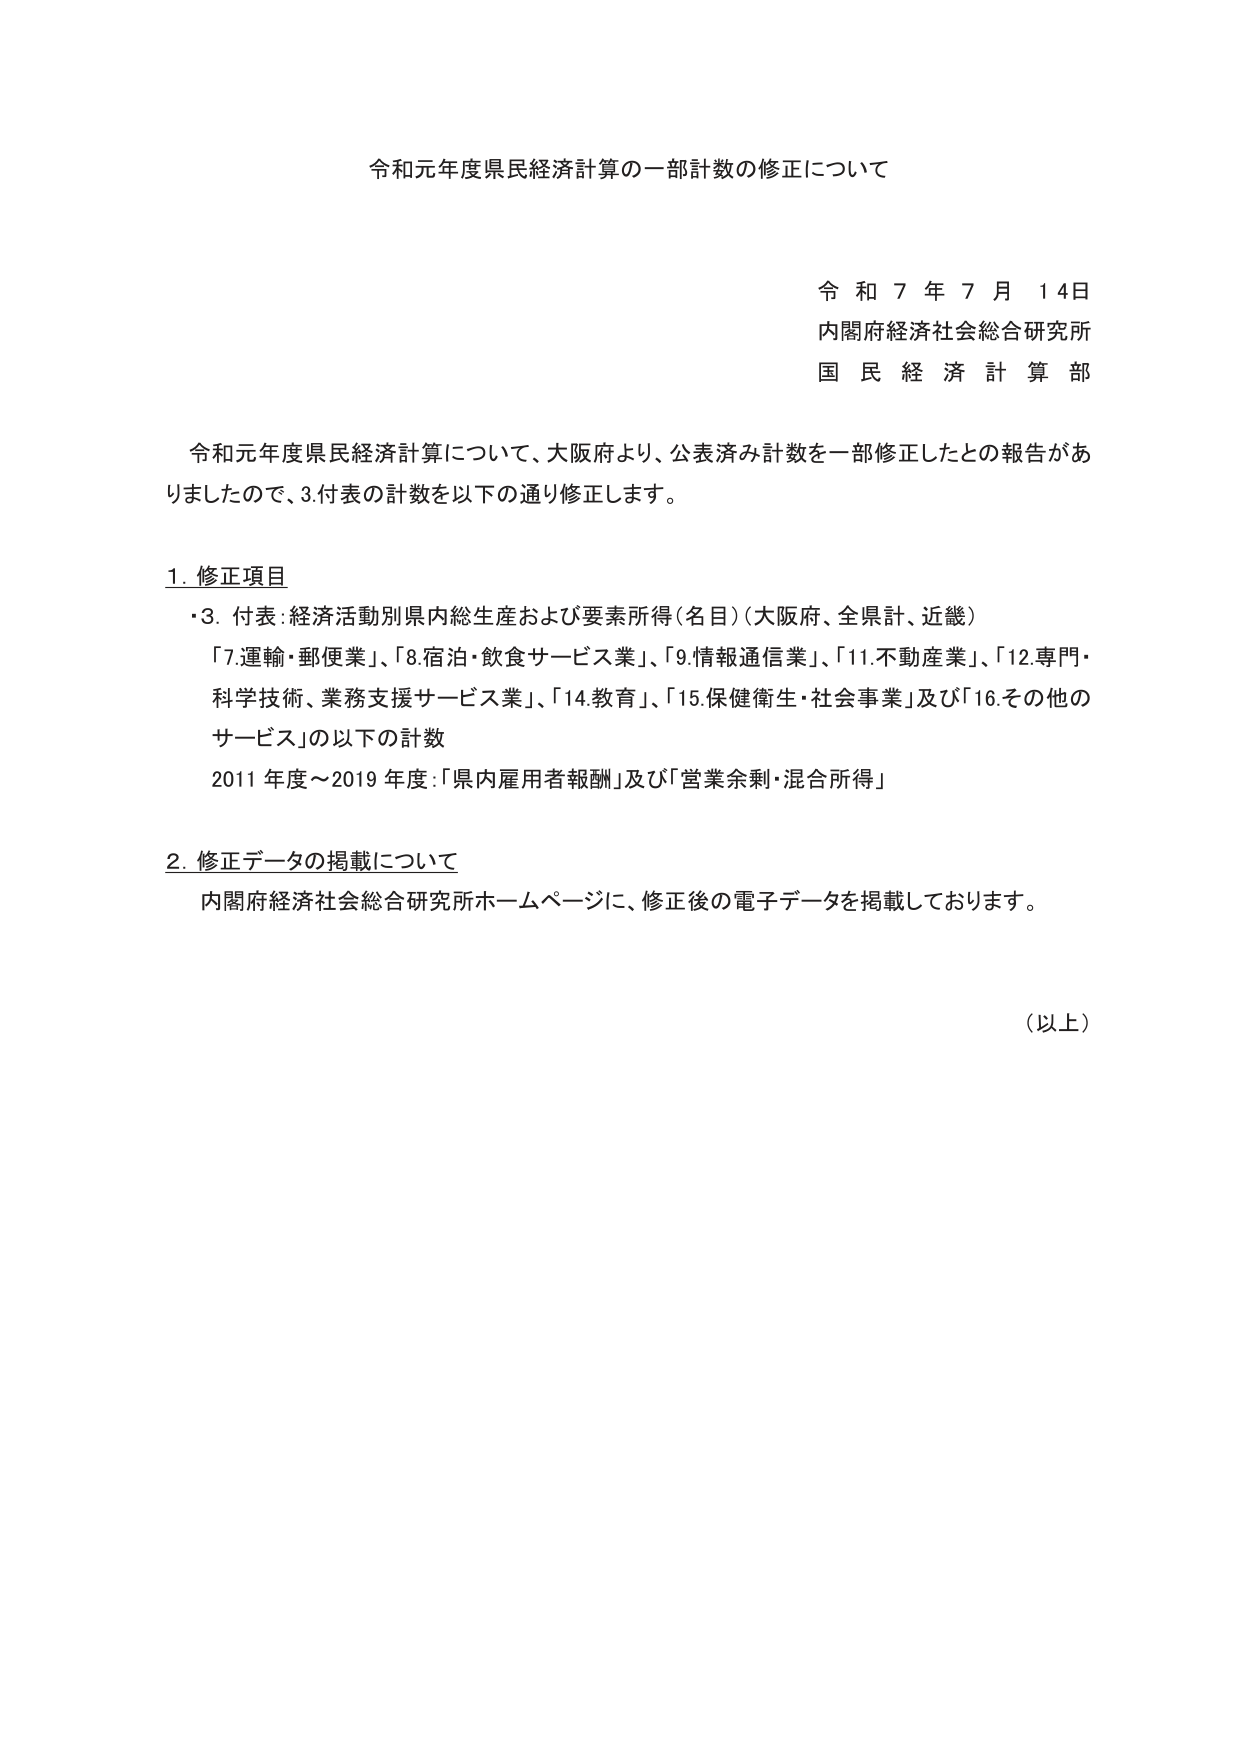
令和元年度県民経済計算の一部計数の修正について

令和７年７月１４日
内閣府経済社会総合研究所
国民経済計算部

令和元年度県民経済計算について、大阪府より、公表済み計数を一部修正したとの報告がありましたので、3.付表の計数を以下の通り修正します。

1. 修正項目
・3. 付表：経済活動別県内総生産および要素所得（名目）（大阪府、全県計、近畿）
「7.運輸・郵便業」、「8.宿泊・飲食サービス業」、「9.情報通信業」、「11.不動産業」、「12.専門・科学技術、業務支援サービス業」、「14.教育」、「15.保健衛生・社会事業」及び「16.その他のサービス」の以下の計数
2011年度～2019年度：「県内雇用者報酬」及び「営業余剰・混合所得」

2. 修正データの掲載について
内閣府経済社会総合研究所ホームページに、修正後の電子データを掲載しております。

（以上）